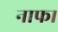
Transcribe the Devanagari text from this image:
नाफा